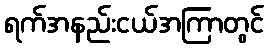
ရက်အနည်းငယ်အကြာတွင်